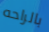
بالراحه